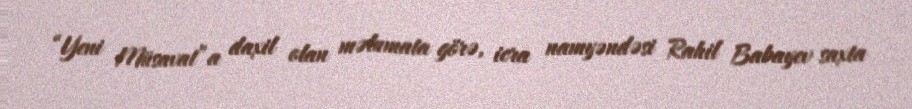
“Yeni Müsavat”a daxil olan məlumata görə, icra namyəndəsi Rahil Babayev saxta